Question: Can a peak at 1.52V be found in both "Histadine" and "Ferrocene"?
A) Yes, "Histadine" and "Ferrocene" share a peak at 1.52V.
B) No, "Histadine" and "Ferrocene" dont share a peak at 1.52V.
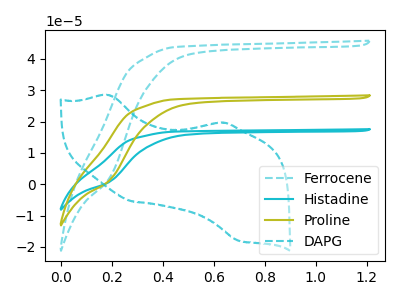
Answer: <think>The cyan dashed curve "Ferrocene" has no peaks. The cyan curve "Histadine" has no peaks. The olive curve "Proline" has no peaks. The cyan dashed curve "DAPG" has anodic peaks at (0.20V, 28.45uA) (0.60V, 19.65uA) and cathodic peaks at (0.30V, -5.45uA) (0.70V, -18.05uA).</think>
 <answer>B) No, "Histadine" and "Ferrocene" dont share a peak at 1.52V.</answer>
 <eval>B</eval>